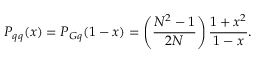
P _ { q q } ( x ) = P _ { G q } ( 1 - x ) = \left( { \frac { N ^ { 2 } - 1 } { 2 N } } \right) { \frac { 1 + x ^ { 2 } } { 1 - x } } .